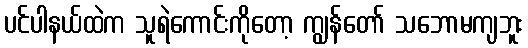
ပင်ပါနယ်ထဲက သူရဲကောင်းကိုတော့ ကျွန်တော် သဘောမကျဘူး